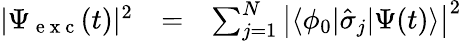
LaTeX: \begin{array}{ccl}{|\Psi_{\mathrm{~e~x~c~}}(t)|^{2}}&{=}&{\sum_{j=1}^{N}\left|\langle\phi_{0}|\hat{\sigma}_{j}|\Psi(t)\rangle\right|^{2}}\end{array}